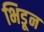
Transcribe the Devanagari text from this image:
भिडून